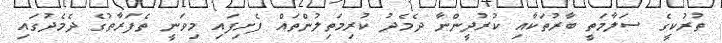
ތުރުކީގެ ސަލާމަތީ ބާރުތަކާއި ކުރުދީންނާ ދެމެދު ކުރިމަތިލުންތައް ފެށިފައި މިވަނީ ތެފަރާތުގެ ދެމެދުގައި